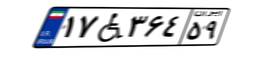
۱۷W۳۶۴۵۹